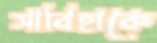
সাবিহাকে